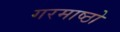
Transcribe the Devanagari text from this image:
गरमाष्ठो